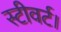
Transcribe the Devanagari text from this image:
स्टीवर्ट।